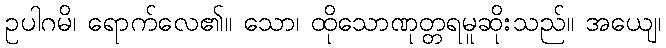
ဥပါဂမိ၊ ရောက်လေ၏။ သော၊ ထိုသောဏုတ္တရမူဆိုးသည်။ အယျေ၊